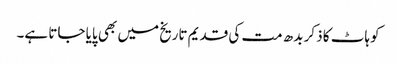
کوہاٹ کا ذکر بدھ مت کی قدیم تاریخ میں بھی پایا جاتا ہے۔